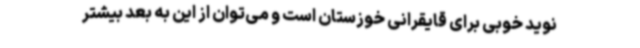
نوید خوبی برای قایقرانی خوزستان است و می‌توان از این به بعد بیشتر